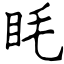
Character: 眊